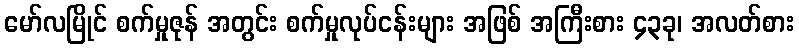
မော်လမြိုင် စက်မှုဇုန် အတွင်း စက်မှုလုပ်ငန်းများ အဖြစ် အကြီးစား ၄၃ခု၊ အလတ်စား